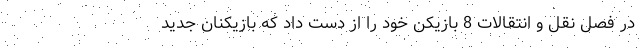
در فصل نقل و انتقالات 8 بازیکن خود را از دست داد که بازیکنان جدید